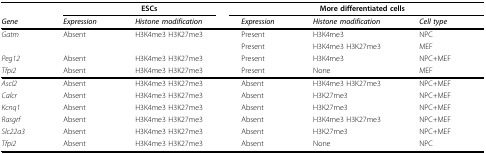
<table><thead><tr><td></td><td colspan="2"><b>ESCs</b></td><td colspan="3"><b>More differentiated cells</b></td></tr><tr><td><b><i>Gene</i></b></td><td><b><i>Expression</i></b></td><td><b><i>Histone modification</i></b></td><td><b><i>Expression</i></b></td><td><b><i>Histone modification</i></b></td><td><b><i>Cell type</i></b></td></tr></thead><tbody><tr><td><i>Gatm</i></td><td>Absent</td><td>H3K4me3 H3K27me3</td><td>Present</td><td>H3K4me3</td><td>NPC</td></tr><tr><td></td><td></td><td></td><td>Present</td><td>H3K4me3 H3K27me3</td><td>MEF</td></tr><tr><td><i>Peg12</i></td><td>Absent</td><td>H3K4me3 H3K27me3</td><td>Present</td><td>H3K4me3</td><td>NPC+MEF</td></tr><tr><td><i>Tfpi2</i></td><td>Absent</td><td>H3K4me3 H3K27me3</td><td>Present</td><td>None</td><td>MEF</td></tr><tr><td><i>Ascl2</i></td><td>Absent</td><td>H3K4me3 H3K27me3</td><td>Absent</td><td>H3K4me3 H3K27me3</td><td>NPC+MEF</td></tr><tr><td><i>Calcr</i></td><td>Absent</td><td>H3K4me3 H3K27me3</td><td>Absent</td><td>H3K27me3</td><td>NPC+MEF</td></tr><tr><td><i>Kcnq1</i></td><td>Absent</td><td>H3K4me3 H3K27me3</td><td>Absent</td><td>H3K27me3</td><td>NPC+MEF</td></tr><tr><td><i>Rasgrf</i></td><td>Absent</td><td>H3K4me3 H3K27me3</td><td>Absent</td><td>H3K4me3 H3K27me3</td><td>NPC+MEF</td></tr><tr><td><i>Slc22a3</i></td><td>Absent</td><td>H3K4me3 H3K27me3</td><td>Absent</td><td>H3K27me3</td><td>NPC+MEF</td></tr><tr><td><i>Tfpi2</i></td><td>Absent</td><td>H3K4me3 H3K27me3</td><td>Absent</td><td>None</td><td>NPC</td></tr></tbody></table>